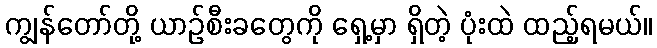
ကျွန်တော်တို့ ယာဉ်စီးခတွေကို ရှေ့မှာ ရှိတဲ့ ပုံးထဲ ထည့်ရမယ်။